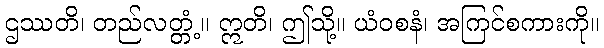
ဌဿတိ၊ တည်လတ္တံ့။ ဣတိ၊ ဤသို့။ ယံဝစနံ၊ အကြင်စကားကို။